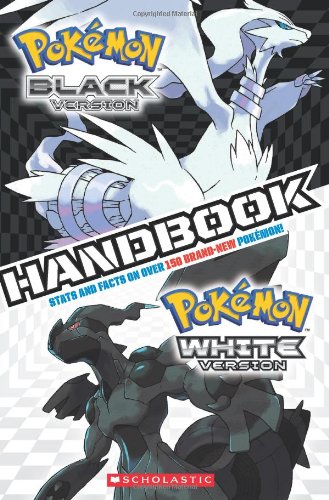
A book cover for Pokemon: Black & White Handbook; Scholastic; Children's Books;